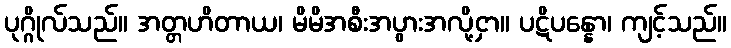
ပုဂ္ဂိုလ်သည်။ အတ္တဟိတာယ၊ မိမိအစီးအပွားအလို့ငှာ။ ပဋိပန္နော၊ ကျင့်သည်။